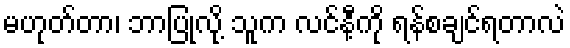
မဟုတ်တာ၊ ဘာပြုလို့ သူက လင်နီ့ကို ရန်စချင်ရတာလဲ